Indian journal of veterinary science and animal husbandry - Volumes 24-25, 1954-1955
Year: 1954
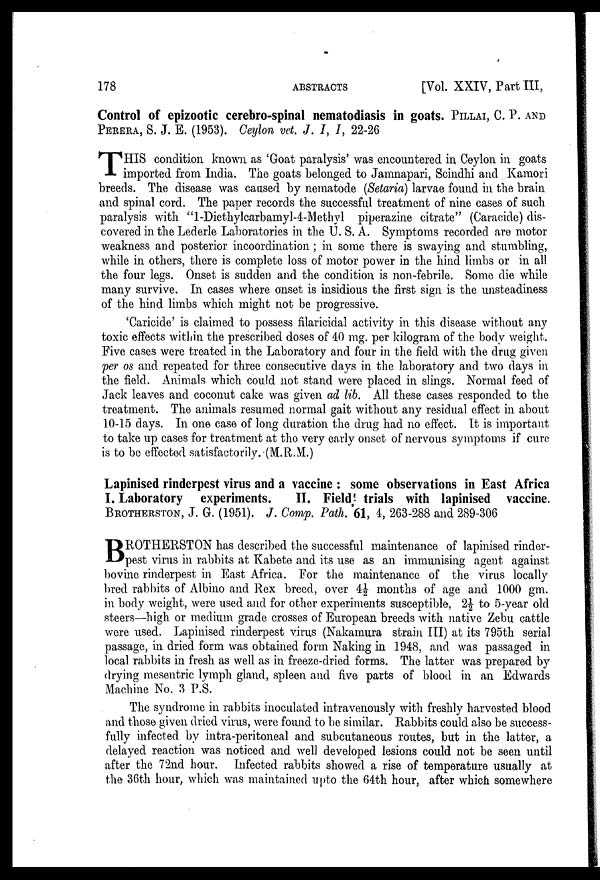
178
ABSTRACTS
[Vol. XXIV, Part III,
Control of epizootic cerebro-spinal nematodiasis in goats. PILLAI, C. P.
T HIS condition known as 'Goat paralysis' was encountered in Ceylon in goats
imported from India. The goats belonged to Jamnapari, Scindhi and Kamori
breeds. The disease was caused by nematode (Setaria) larvae found in the brain
and spinal cord. The paper records the successful treatment of nine cases of such
paralysis with "1-Diethylcarbamyl-4-Methyl piperazine citrate" (Caracide) dis-
covered in the Lederle Laboratories in the U. S. A. Symptoms recorded are motor
weakness and posterior incoordination ; in some there is swaying and stumbling,
while in others, there is complete loss of motor power in the hind limbs or in all
the four legs. Onset is sudden and the condition is non-febrile. Some die while
many survive. In cases where onset is insidious the first sign is the unsteadiness
of the hind limbs which might not be progressive.
'Caricide' is claimed to possess filaricidal activity in this disease without any
toxic effects within the prescribed doses of 40 mg. per kilogram of the body weight.
Five cases were treated in the Laboratory and four in the field with the drug given
per os and repeated for three consecutive days in the laboratory and two days in
the field. Animals which could not stand were placed in slings. Normal feed of
Jack leaves and coconut cake was given ad lib. All these cases responded to the
treatment. The animals resumed normal gait without any residual effect in about
10-15 days. In one case of long duration the drug had no effect. It is important
to take up cases for treatment at the very early onset of nervous symptoms if cure
is to be effected satisfactorily. (M.R.M.)
Lapinised rinderpest virus and a vaccine : some observations in East Africa
I. Laboratory experiments.
II. Field trials with lapinised vaccine.
BROTHERSTON, J. G. (1951). J. Comp. Path. 61, 4, 263-288 and 289-306
B ROTHERSTON has described the successful maintenance of lapinised rinder-
pest virus in rabbits at Kabete and its use as an immunising agent against
bovine rinderpest in East Africa. For the maintenance of the virus locally
bred rabbits of Albino and Rex breed, over 4½ months of age and 1000 gm.
in body weight, were used and for other experiments susceptible, 2½ to 5-year old
steers—high or medium grade crosses of European breeds with native Zebu cattle
were used. Lapinised rinderpest virus (Nakamura strain III) at its 795th serial
passage, in dried form was obtained form Naking in 1948, and was passaged in
local rabbits in fresh as well as in freeze-dried forms. The latter was prepared by
drying mesentric lymph gland, spleen and five parts of blood in an Edwards
Machine No. 3 P.S.
The syndrome in rabbits inoculated intravenously with freshly harvested blood
and those given dried virus, were found to be similar. Rabbits could also be success-
fully infected by intra-peritoneal and subcutaneous routes, but in the latter, a
delayed reaction was noticed and well developed lesions could not be seen until
after the 72nd hour. Infected rabbits showed a rise of temperature usually at
the 36th hour, which was maintained upto the 64th hour, after which somewhere